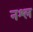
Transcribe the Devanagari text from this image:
नश्ल